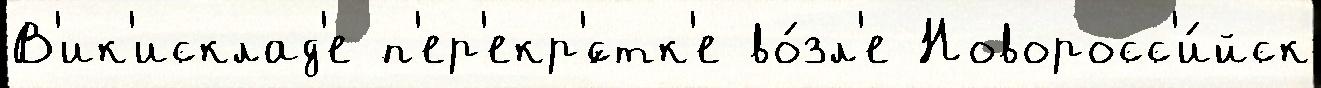
В'ик'исклад'е п'ер'екр'́стк'е во́зл'е Новоросс'и́йск